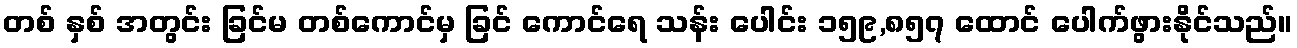
တစ် နှစ် အတွင်း ခြင်မ တစ်ကောင်မှ ခြင် ကောင်ရေ သန်း ပေါင်း ၁၅၉,၈၅၇ ထောင် ပေါက်ဖွားနိုင်သည်။